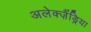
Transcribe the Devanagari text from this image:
अलेक्ज़ैंड्रिया